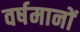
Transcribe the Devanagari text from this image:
वर्षमानों